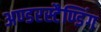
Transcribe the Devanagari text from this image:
अण्डरस्टैण्डिंग